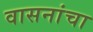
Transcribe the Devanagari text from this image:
वासनांचा